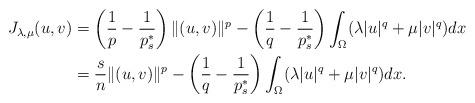
LaTeX: \begin{align*}J_{\lambda,\mu}(u,v)&=\left(\frac{1}{p}-\frac{1}{p_s^\ast}\right)\|(u,v)\|^p-\left(\frac{1}{q}-\frac{1}{p_s^\ast}\right)\int_\Omega(\lambda|u|^q+\mu|v|^q)dx\\&=\frac{s}{n}\|(u,v)\|^p-\left(\frac{1}{q}-\frac{1}{p_s^\ast}\right)\int_\Omega(\lambda|u|^q+\mu|v|^q)dx.\end{align*}